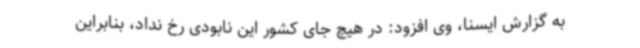
به گزارش ایسنا، وی افزود: در هیچ جای کشور این نابودی رخ نداد، بنابراین